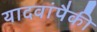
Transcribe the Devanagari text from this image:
यादवांपैकी